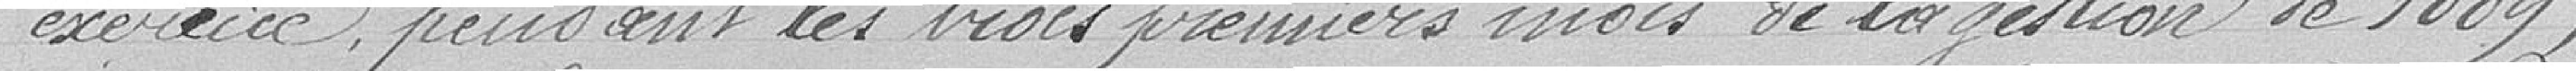
exercice, pendant les trois premiers mois de la gestion de 1889.